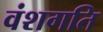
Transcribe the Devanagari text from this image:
वंशगति